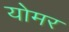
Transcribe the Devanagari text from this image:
योमर